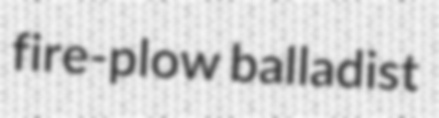
fire-plow balladist